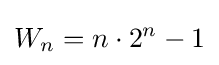
W_{n}=n\cdot 2^{n}-1